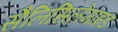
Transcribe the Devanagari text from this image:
सैलिसिलेमाइड